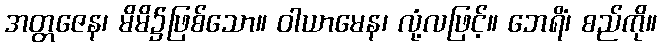
အတ္တဇေန၊ မိမိ၌ဖြစ်သော။ ဝါယာမေန၊ လုံ့လဖြင့်။ ဘေရိံ၊ စည်ကို။